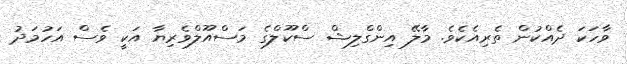
ވާހަކަ ދެއްކުން ތެރިއެކެވެ. މާލޭ އިންގްލިޝް ސްކޫލްގެ މަސްއޫލްވެރިޔާ އަކީ ވެސް އަހުމަދު